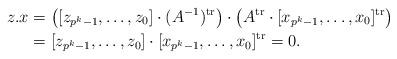
LaTeX: \begin{align*} z.x&=\big([z_{p^k-1},\ldots, z_0]\cdot({A^{-1}})^{\textrm{tr}}\big)\cdot\big(A^{\textrm{tr}}\cdot [x_{p^k-1},\ldots,x_0]^{\textrm{tr}}\big) \\ &=[z_{p^k-1},\ldots, z_0]\cdot[x_{p^k-1},\ldots,x_0]^{\textrm{tr}}=0. \end{align*}